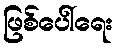
ဖြစ်ပေါ်ရေး